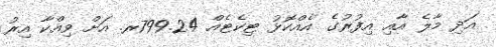
އަދި މާލެ އާއި އިފުރުގެ އެއްކޮޅު ޓިކެޓެއް 799.24ރ. އަށް ވިއްކާ އިރު